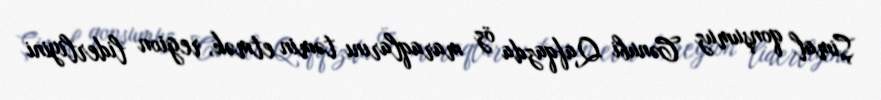
Şimal qonşumuz Cənubi Qafqazda öz maraqlarını təmin etmək, region liderliyini